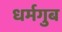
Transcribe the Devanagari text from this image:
धर्मगुब